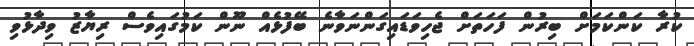
ކުރާ ކަންކަމަށް ބިރުން ފަހަތަށް ޖެހިވަޑައިގަންނަވާނެ ބޭފުޅެއް ނޫން ކަމުގައިވެސް ރިޔާޒު ވިދާޅުވި